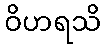
ဝိဟရသိ